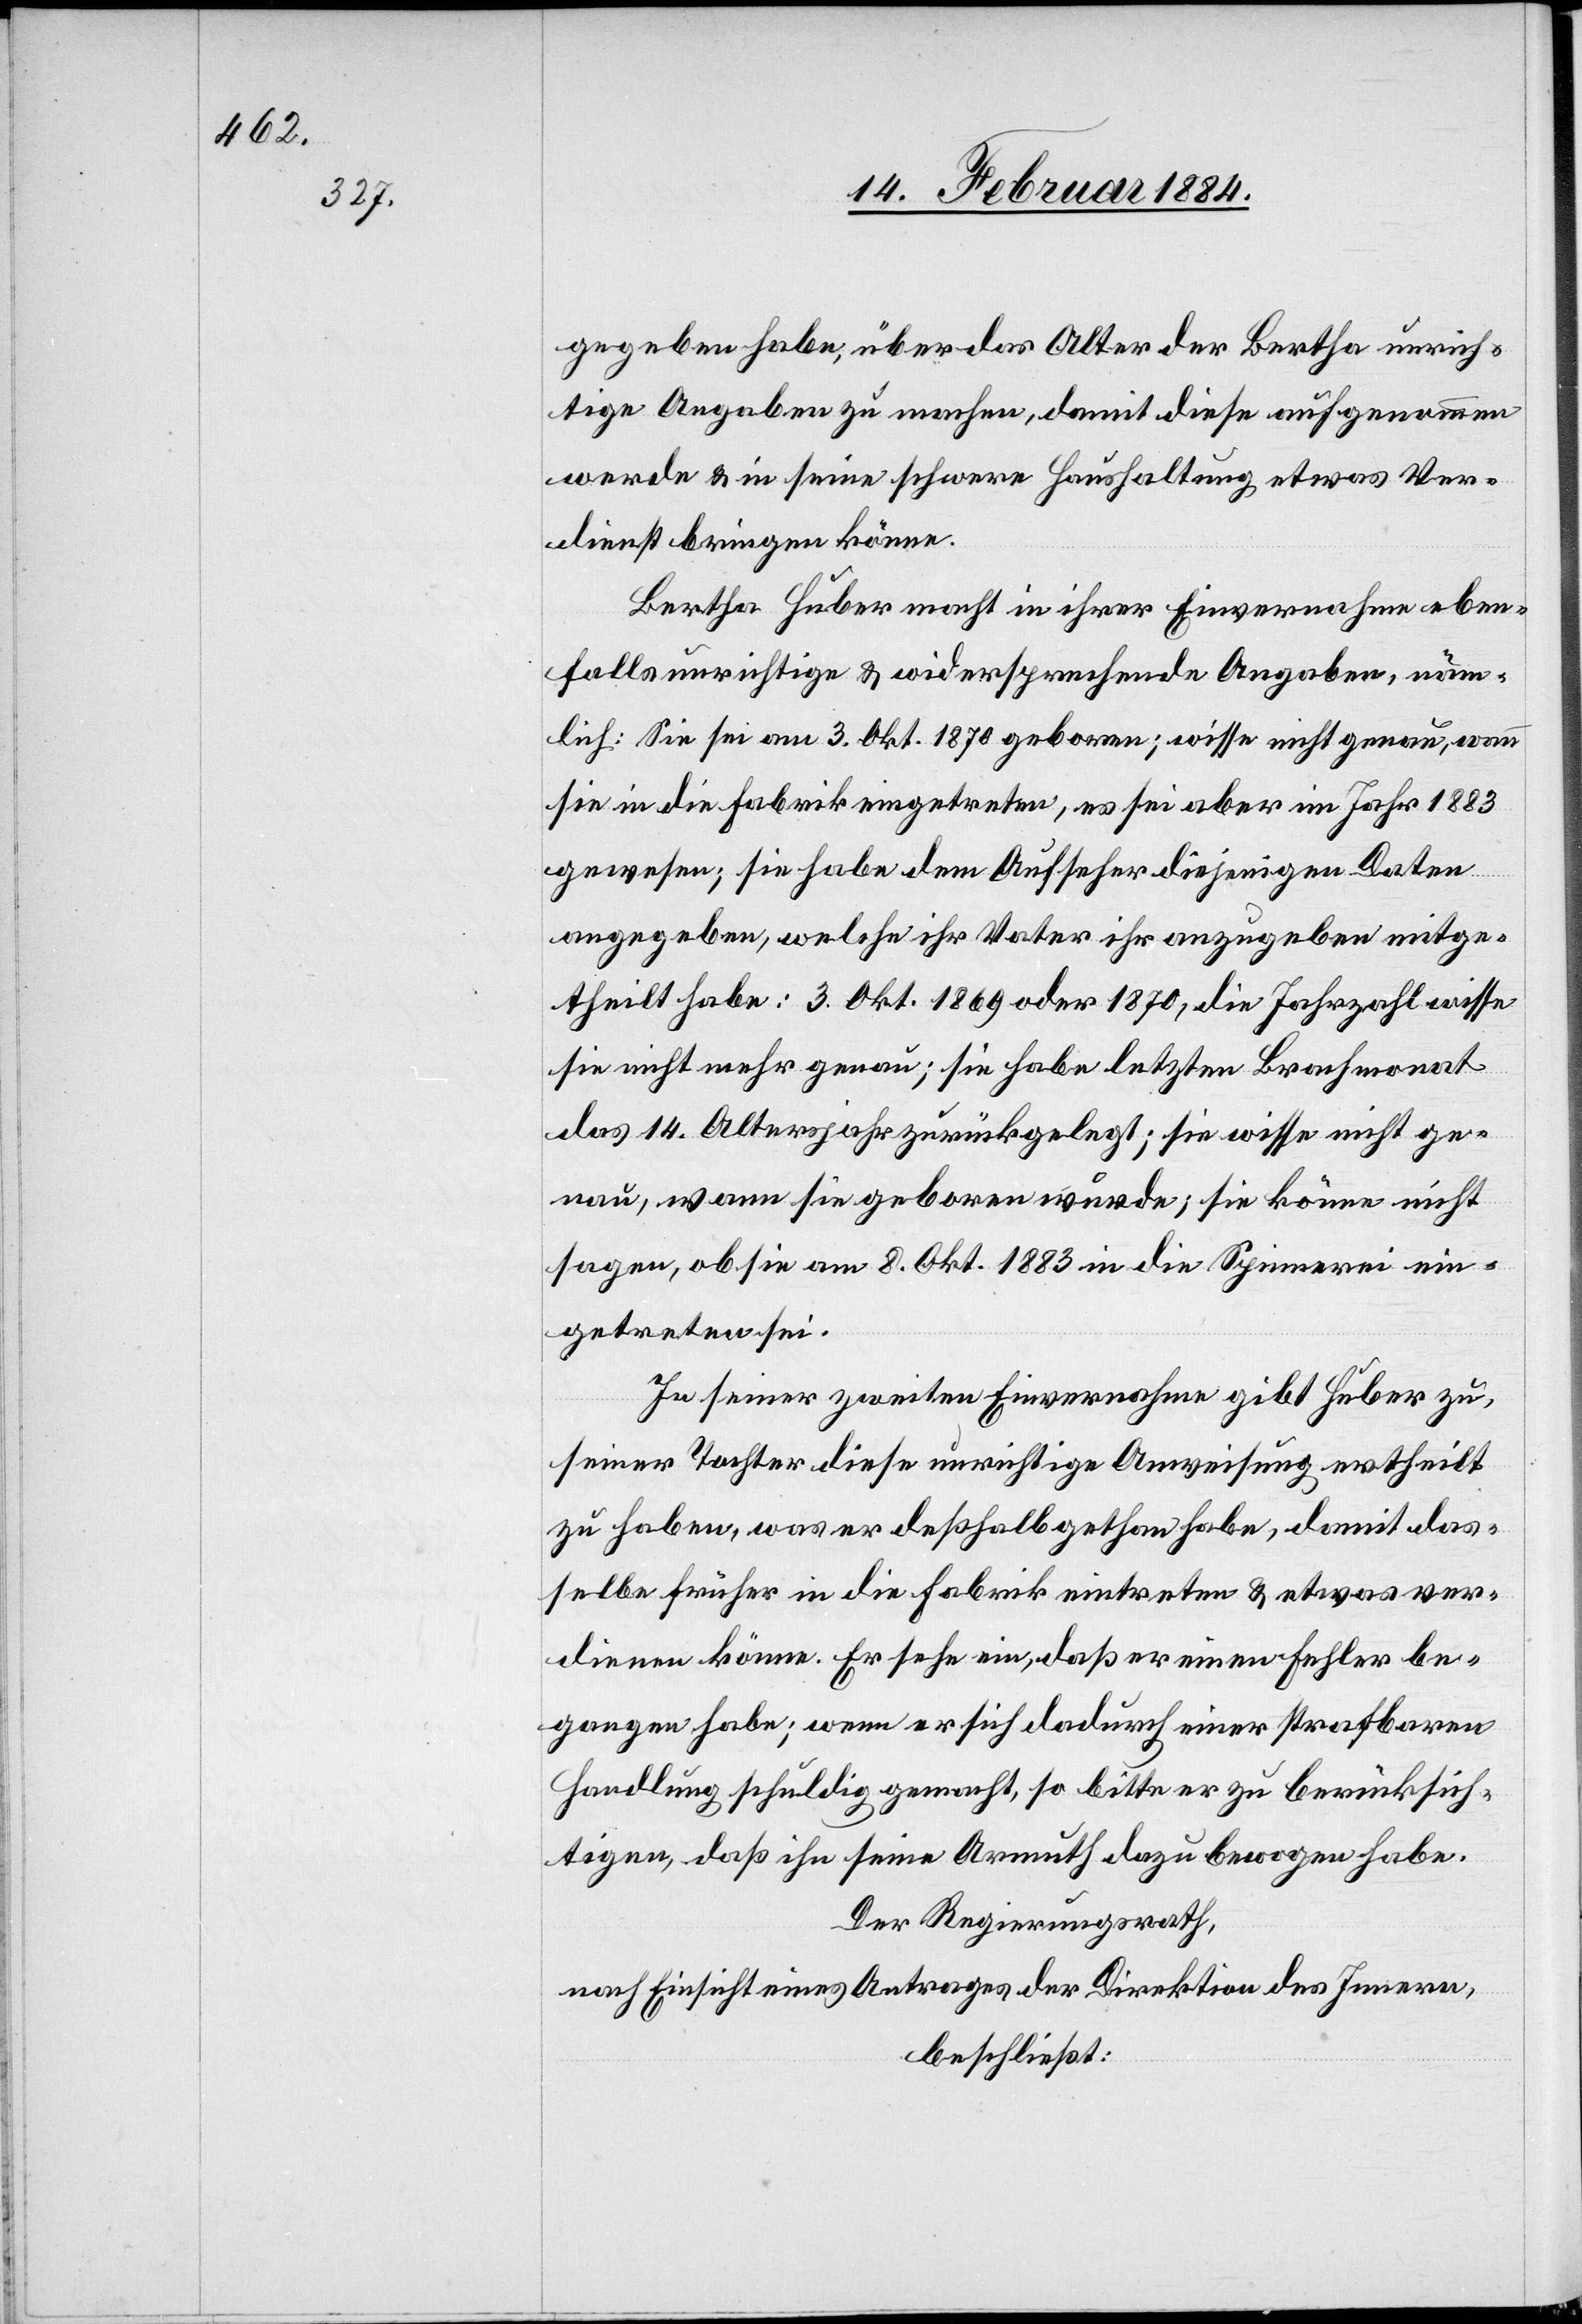
gegeben habe, über das Alter der Bertha unrich¬
tige Angabe zu machen, damit diese aufgenommen
werde & in seine schwere Haushaltung etwas Ver¬
dienst bringen könne.
Bertha Huber macht in ihrer Einvernahme eben¬
falls unrichtige & widersprechende Angaben, näm¬
lich: Sie sei am 3. Okt. 1870 geboren; wisse nicht genau, wann
sie in die Fabrik eingetreten, es sei aber im Jahr 1883
gewesen; sie habe dem Aufseher diejenigen Daten
angegeben, welche ihr Vater ihr anzugeben mitge¬
theilt habe: 3. Okt. 1869 oder 1870, die Jahrzahl wisse
sie nicht mehr genau; sie habe letzten Brachmonat
das 14. Altersjahr zurückgelegt; sie wisse nicht ge¬
nau, wann sie geboren wurde; sie könne nicht
sagen, ob sie am 8. Okt. 1883 in die Spinnerei ein¬
getreten sei.
In seiner zweiten Einvernahme gibt Huber zu,
seiner Tochter diese unrichtige Anweisung ertheilt
zu haben, was er deßhalb gethan habe, damit das¬
selbe früher in die Fabrik eintreten & etwas ver¬
dienen könne. Er sehe ein, daß er einen Fehler be¬
gangen habe; wenn er sich dadurch einer strafbaren
Handlung schuldig gemacht, so bitte er zu berücksich¬
tigen, das ihn seine Armuth dazu bewogen habe.
Der Regierungsrath,
nach Einsicht eines Antrages der Direktion des Innern,
beschließt: